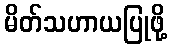
မိတ်သဟာယပြုဖို့